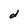
Character: d